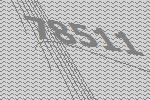
78511